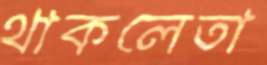
থাকলেতা